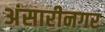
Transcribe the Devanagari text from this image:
अंसारीनगर